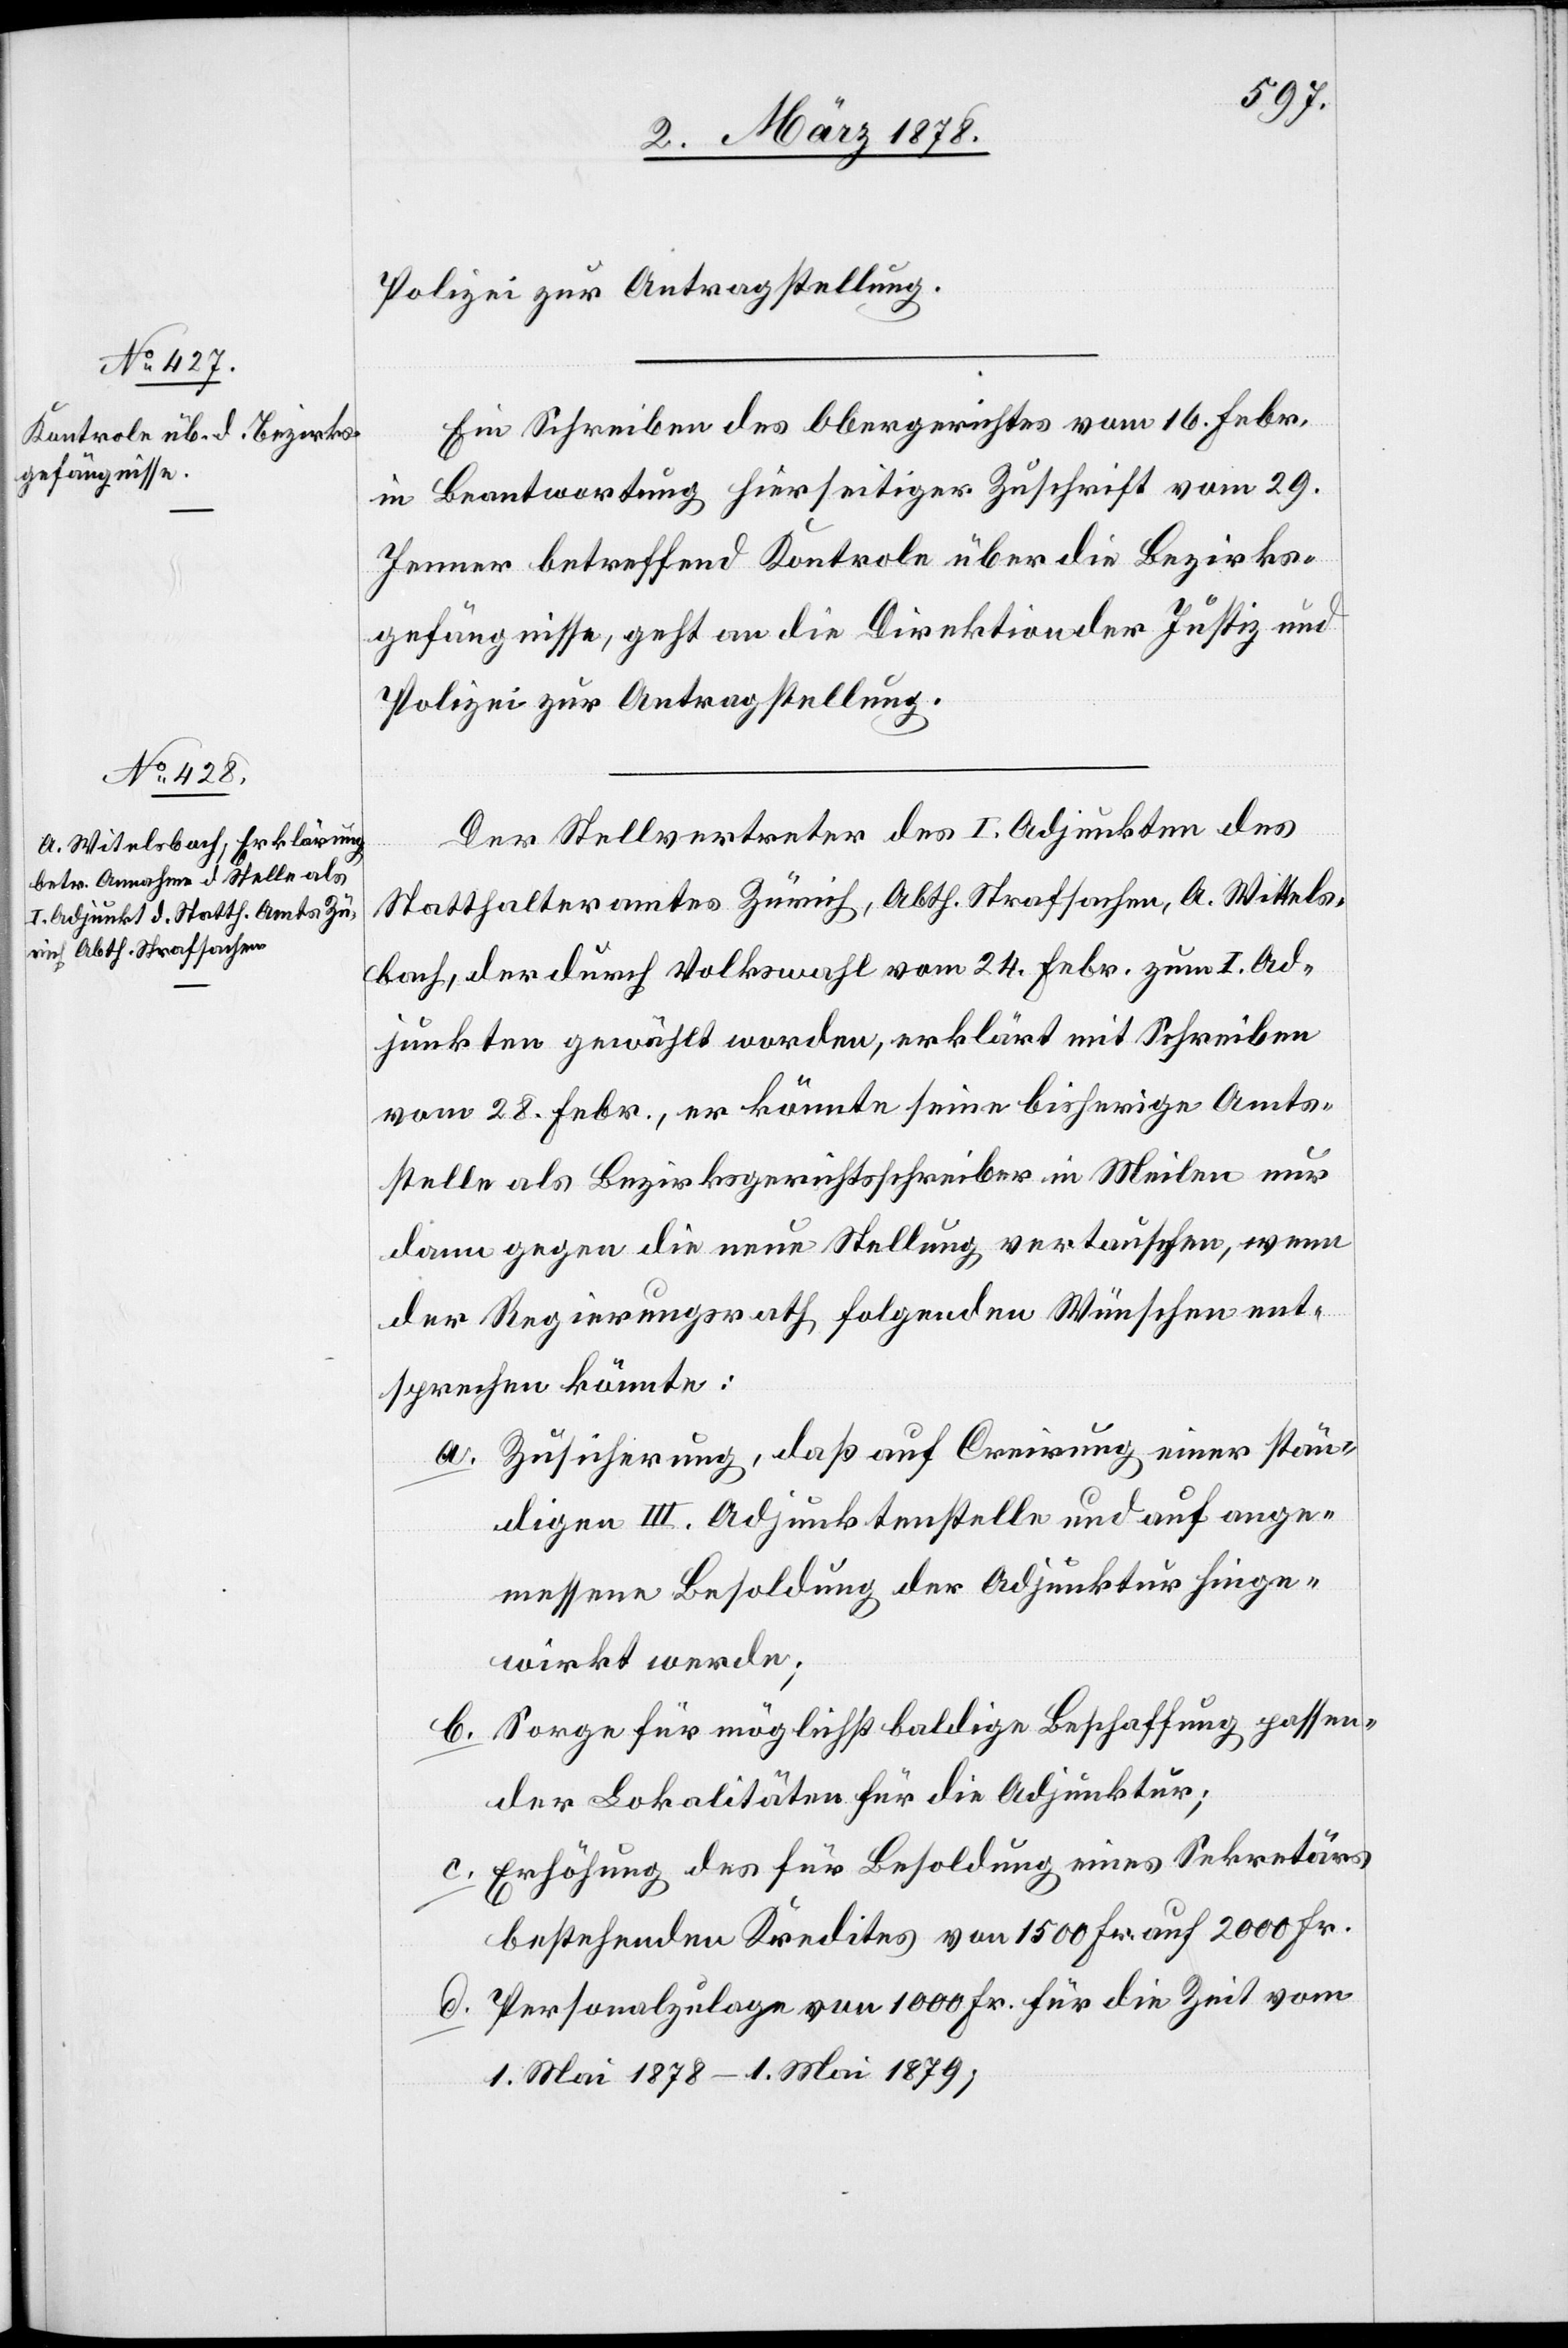
Polizei zur Antragstellung.
Ein Schreiben des Obergerichtes vom 16. Febr.
in Beantwortung hierseitiger Zuschrift vom 29.
Jenner betreffend Kontrole über die Bezirks¬
gefängnisse, geht an die Direktion der Justiz und
Polizei zur Antragstellung.
Der Stellvertreter des I. Adjunkten des
Statthalteramtes Zürich, Abth. Strafsachen, A. Wittelsbach
[sic!], der durch Volkswahl vom 24. Febr. zum I. Ad¬
junkten gewählt worden, erklärt mit Schreiben
vom 28. Febr., er könnte seine bisherige Amts¬
stelle als Bezirksgerichtsschreiber in Meilen nur
dann gegen die neue Stellung vertauschen, wenn
der Regierungsrath folgenden Wünschen ent¬
sprechen könnte:
Zusicherung, daß auf Creirung einer stän¬
digen III. Adjunktenstelle und auf ange¬
messene Besoldung der Adjunktur hinge¬
wirkt werde;
Sorge für möglichst baldige Beschaffung passen¬
der Lokalitäten für die Adjunktur;
Erhöhung des für Besoldung eines Sekretärs
bestehenden Kredites von 1500 Fr. auf 2000 Fr.
Personalzulage von 1000 Fr. für die Zeit vom
1. Mai 1878 – 1. Mai 1879,